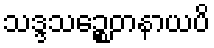
သဒ္ဒသဉ္စေတနာယပိ